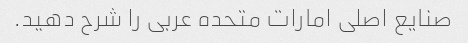
صنایع اصلی امارات متحده عربی را شرح دهید.